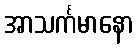
အာသင်္ကမာနော